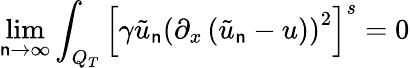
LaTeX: \operatorname*{lim}_{\mathsf{n}\rightarrow\infty}\int_{Q_{T}}\left[\gamma\tilde{{u}}_{\mathsf{n}}\left(\partial_{x}\left(\tilde{{u}}_{\mathsf{n}}-u\right)\right)^{2}\right]^{s}=0